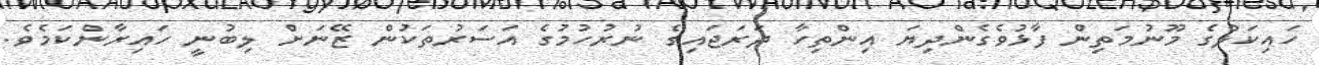
ހައިކަލްގެ މޫނުމަތިން ފާޅުވެގެންދިޔަ އިންތިހާ ދަރަޖައިގެ ނުރުހުމުގެ އަސަރުތަކުން ޒޭނަށް ލިބުނީ ހައިރާންކަމެވެ.